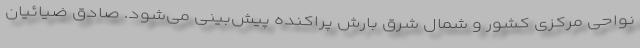
نواحی مرکزی کشور و شمال شرق بارش پراکنده پیش‌بینی می‌شود. صادق ضیائیان